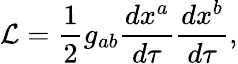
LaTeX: {\cal L}=\frac 12g_{ab}\frac{dx^{a}}{d\tau}\frac{dx^{b}}{d\tau},